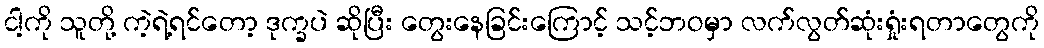
ငါ့ကို သူတို့ ကဲ့ရဲ့ရင်တော့ ဒုက္ခပဲ ဆိုပြီး တွေးနေခြင်းကြောင့် သင့်ဘဝမှာ လက်လွတ်ဆုံးရှုံးရတာတွေကို